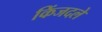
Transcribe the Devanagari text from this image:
किंजदले